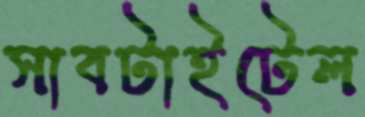
সাবটাইটেল